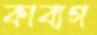
কাব্যগ